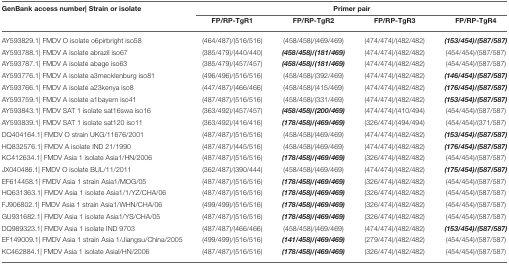
<table><thead><tr><td><b>GenBank access number| Strain or isolate</b></td><td colspan="4"><b>Primer pair</b></td></tr></thead><tbody><tr><td></td><td><b>FP/RP-TgR1</b></td><td><b>FP/RP-TgR2</b></td><td><b>FP/RP-TgR3</b></td><td><b>FP/RP-TgR4</b></td></tr><tr><td>AY593829.1| FMDV O isolate o6pirbright iso58</td><td>(464/487)/(516/516)</td><td>(458/458)/(469/469)</td><td>(474/474)/(482/482)</td><td><i><b>(153/454)/(587/587)</b></i></td></tr><tr><td>AY593788.1| FMDV A isolate abrazil iso67</td><td>(385/479)/(440/440)</td><td><i><b>(458/458)/(181/469)</b></i></td><td>(474/474)/(482/482)</td><td>(454/454)/(587/587)</td></tr><tr><td>AY593787.1| FMDV A isolate abage iso63</td><td>(385/479)/(457/457)</td><td><i><b>(458/458)/(181/469)</b></i></td><td>(474/474)/(482/482)</td><td>(454/454)/(587/587)</td></tr><tr><td>AY593776.1| FMDV A isolate a3mecklenburg iso81</td><td>(496/496)/(516/516)</td><td>(458/458)/(392/469)</td><td>(474/474)/(482/482)</td><td><i><b>(146/454)/(587/587)</b></i></td></tr><tr><td>AY593766.1| FMDV A isolate a23kenya iso8</td><td>(447/487)/(466/466)</td><td>(458/458)/(415/469)</td><td>(474/474)/(482/482)</td><td><i><b>(176/454)/(587/587)</b></i></td></tr><tr><td>AY593759.1| FMDV A isolate a1bayern iso41</td><td>(487/487)/(516/516)</td><td>(458/458)/(331/469)</td><td>(474/474)/(482/482)</td><td><i><b>(153/454)/(587/587)</b></i></td></tr><tr><td>AY593843.1| FMDV SAT 1 isolate sat16swa iso16</td><td>(363/492)/(457/457)</td><td><i><b>(458/458)/(200/469)</b></i></td><td>(474/474)/(410/494)</td><td>(454/454)/(587/587)</td></tr><tr><td>AY593839.1| FMDV SAT 1 isolate sat120 iso11</td><td>(363/492)/(416/416)</td><td><i><b>(178/458)/(469/469)</b></i></td><td>(326/474)/(494/494)</td><td>(454/454)/(371/587)</td></tr><tr><td>DQ404164.1| FMDV O strain UKG/11676/2001</td><td>(487/487)/(516/516)</td><td>(458/458)/(469/469)</td><td>(474/474)/(482/482)</td><td><i><b>(153/454)/(587/587)</b></i></td></tr><tr><td>HQ832576.1| FMDV A isolate IND 21/1990</td><td>(487/487)/(445/516)</td><td>(458/458)/(469/469)</td><td>(474/474)/(482/482)</td><td><i><b>(176/454)/(587/587)</b></i></td></tr><tr><td>KC412634.1| FMDV Asia 1 isolate Asia1/HN/2006</td><td>(487/487)/(516/516)</td><td><i><b>(178/458)/(469/469)</b></i></td><td>(326/474)/(482/482)</td><td>(454/454)/(587/587)</td></tr><tr><td>JX040486.1| FMDV O isolate BUL/11/2011</td><td>(362/487)/(390/444)</td><td>(458/458)/(469/469)</td><td>(474/474)/(482/482)</td><td><i><b>(175/454)/(587/587)</b></i></td></tr><tr><td>EF614458.1| FMDV Asia 1 strain Asia1/MOG/05</td><td>(487/487)/(516/516)</td><td><i><b>(178/458)/(469/469)</b></i></td><td>(326/474)/(482/482)</td><td>(454/454)/(587/587)</td></tr><tr><td>HQ631363.1| FMDV Asia 1 isolate Asia1/1/YZ/CHA/06</td><td>(487/487)/(516/516)</td><td><i><b>(178/458)/(469/469)</b></i></td><td>(326/474)/(482/482)</td><td>(454/454)/(587/587)</td></tr><tr><td>FJ906802.1| FMDV Asia 1 strain Asia1/WHN/CHA/06</td><td>(499/499)/(516/516)</td><td><i><b>(178/458)/(469/469)</b></i></td><td>(326/474)/(482/482)</td><td>(454/454)/(587/587)</td></tr><tr><td>GU931682.1| FMDV Asia 1 isolate Asia1/YS/CHA/05</td><td>(487/487)/(516/516)</td><td><i><b>(178/458)/(469/469)</b></i></td><td>(326/474)/(482/482)</td><td>(454/454)/(587/587)</td></tr><tr><td>DQ989323.1| FMDV Asia 1 isolate IND 9703</td><td>(487/487)/(466/466)</td><td>(458/458)/(469/469)</td><td>(474/474)/(482/482)</td><td><i><b>(153/454)/(587/587)</b></i></td></tr><tr><td>EF149009.1| FMDV Asia 1 strain Asia 1/Jiangsu/China/2005</td><td>(499/499)/(516/516)</td><td><i><b>(141/458)/(469/469)</b></i></td><td>(279/474)/(482/482)</td><td>(454/454)/(587/587)</td></tr><tr><td>KC462884.1| FMDV Asia 1 isolate Asial/HN/2006</td><td>(487/487)/(516/516)</td><td><i><b>(178/458)/(469/469)</b></i></td><td>(326/474)/(482/482)</td><td>(454/454)/(587/587)</td></tr></tbody></table>